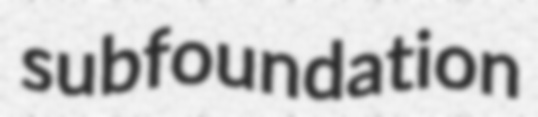
subfoundation